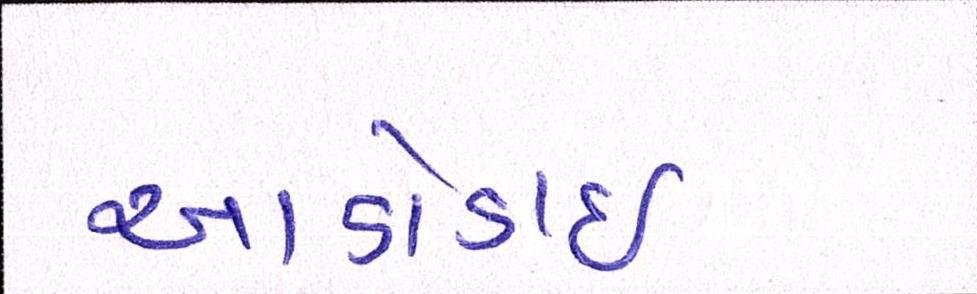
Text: આડોડાઈ